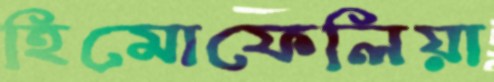
হিমোফেলিয়া